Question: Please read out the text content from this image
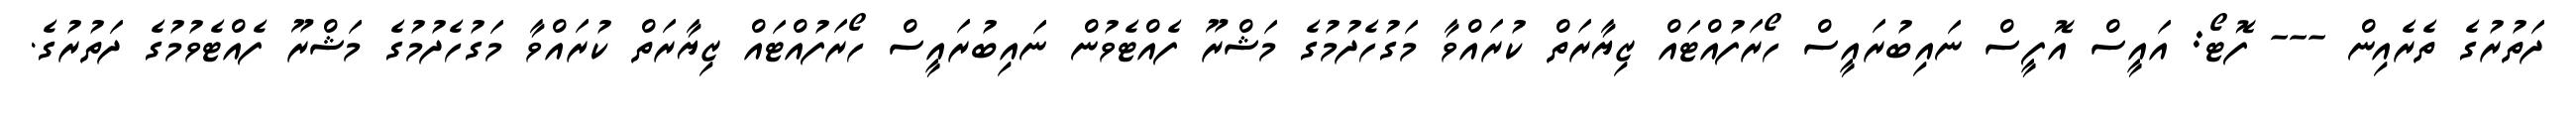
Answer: ދަތުރުގެ ތެރެއިން --- ފޮޓޯ: އައީސް އޮފީސް ނައިބުރައީސް ހޯރަފުއްޓައް ޒިޔާރަތް ކުރައްވާ މަގުހެދުމުގެ މަޝްރޫ ފެއްޓެވުން ނައިބުރައީސް ހޯރަފުއްޓައް ޒިޔާރަތް ކުރައްވާ މަގުހެދުމުގެ މަޝްރޫ ފެއްޓެވުމުގެ ދަތުރުގެ.